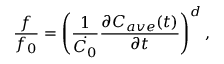
\frac { f } { f _ { 0 } } = \left( \frac { 1 } { \dot { C _ { 0 } } } \frac { \partial C _ { a v e } ( t ) } { \partial t } \right) ^ { d } ,